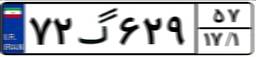
۷۲گ۶۲۹۵۷